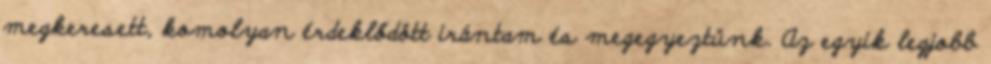
megkeresett, komolyan érdeklődött irántam és megegyeztünk. Az egyik legjobb